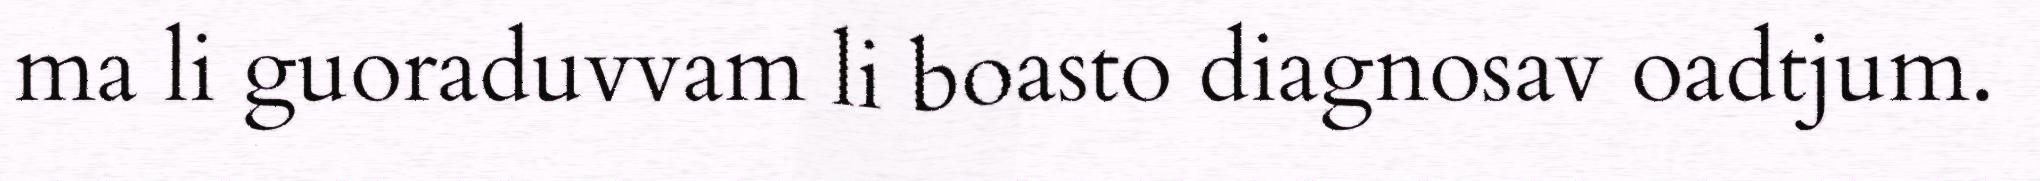
ma li guoraduvvam li boasto diagnosav oadtjum.